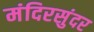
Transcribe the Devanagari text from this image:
मंदिरसुंदर